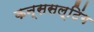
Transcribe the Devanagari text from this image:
कन्ससल्टिंग